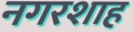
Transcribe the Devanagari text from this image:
नगरशाह